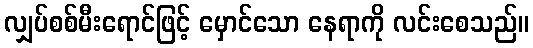
လျှပ်စစ်မီးရောင်ဖြင့် မှောင်သော နေရာကို လင်းစေသည်။